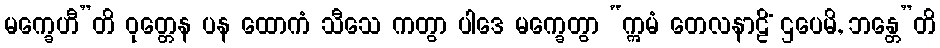
မက္ခေဟီ”တိ ဝုတ္တေန ပန ထောကံ သီသေ ကတွာ ပါဒေ မက္ခေတွာ “ဣမံ တေလနာဠိံ ဌပေမိ, ဘန္တေ”တိ